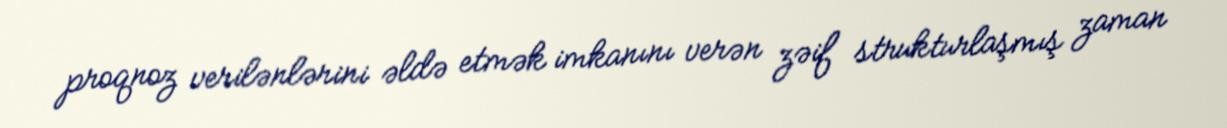
proqnoz verilənlərini əldə etmək imkanını verən zəif strukturlaşmış zaman